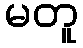
မတူ